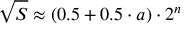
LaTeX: { \sqrt { S } } \approx ( 0 . 5 + 0 . 5 \cdot a ) \cdot 2 ^ { n }